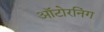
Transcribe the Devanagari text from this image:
ऑटोरनिंग